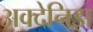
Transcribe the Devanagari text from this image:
अक्देनिझ